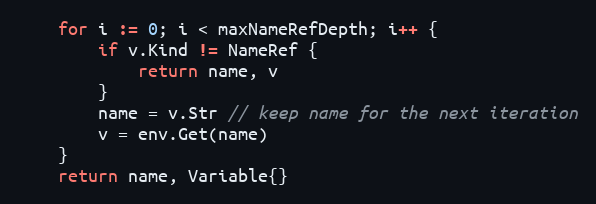
Language: Go
	for i := 0; i < maxNameRefDepth; i++ {
		if v.Kind != NameRef {
			return name, v
		}
		name = v.Str // keep name for the next iteration
		v = env.Get(name)
	}
	return name, Variable{}